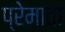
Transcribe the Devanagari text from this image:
प्रेमाता